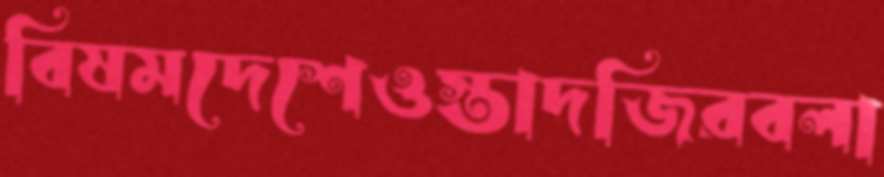
বিষমদেশেওস্তাদজিরবলা